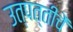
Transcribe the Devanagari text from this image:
उत्पत्तीचें